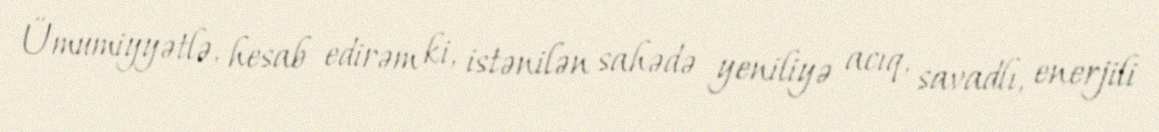
Ümumiyyətlə, hesab edirəm ki, istənilən sahədə yeniliyə acıq, savadlı, enerjili